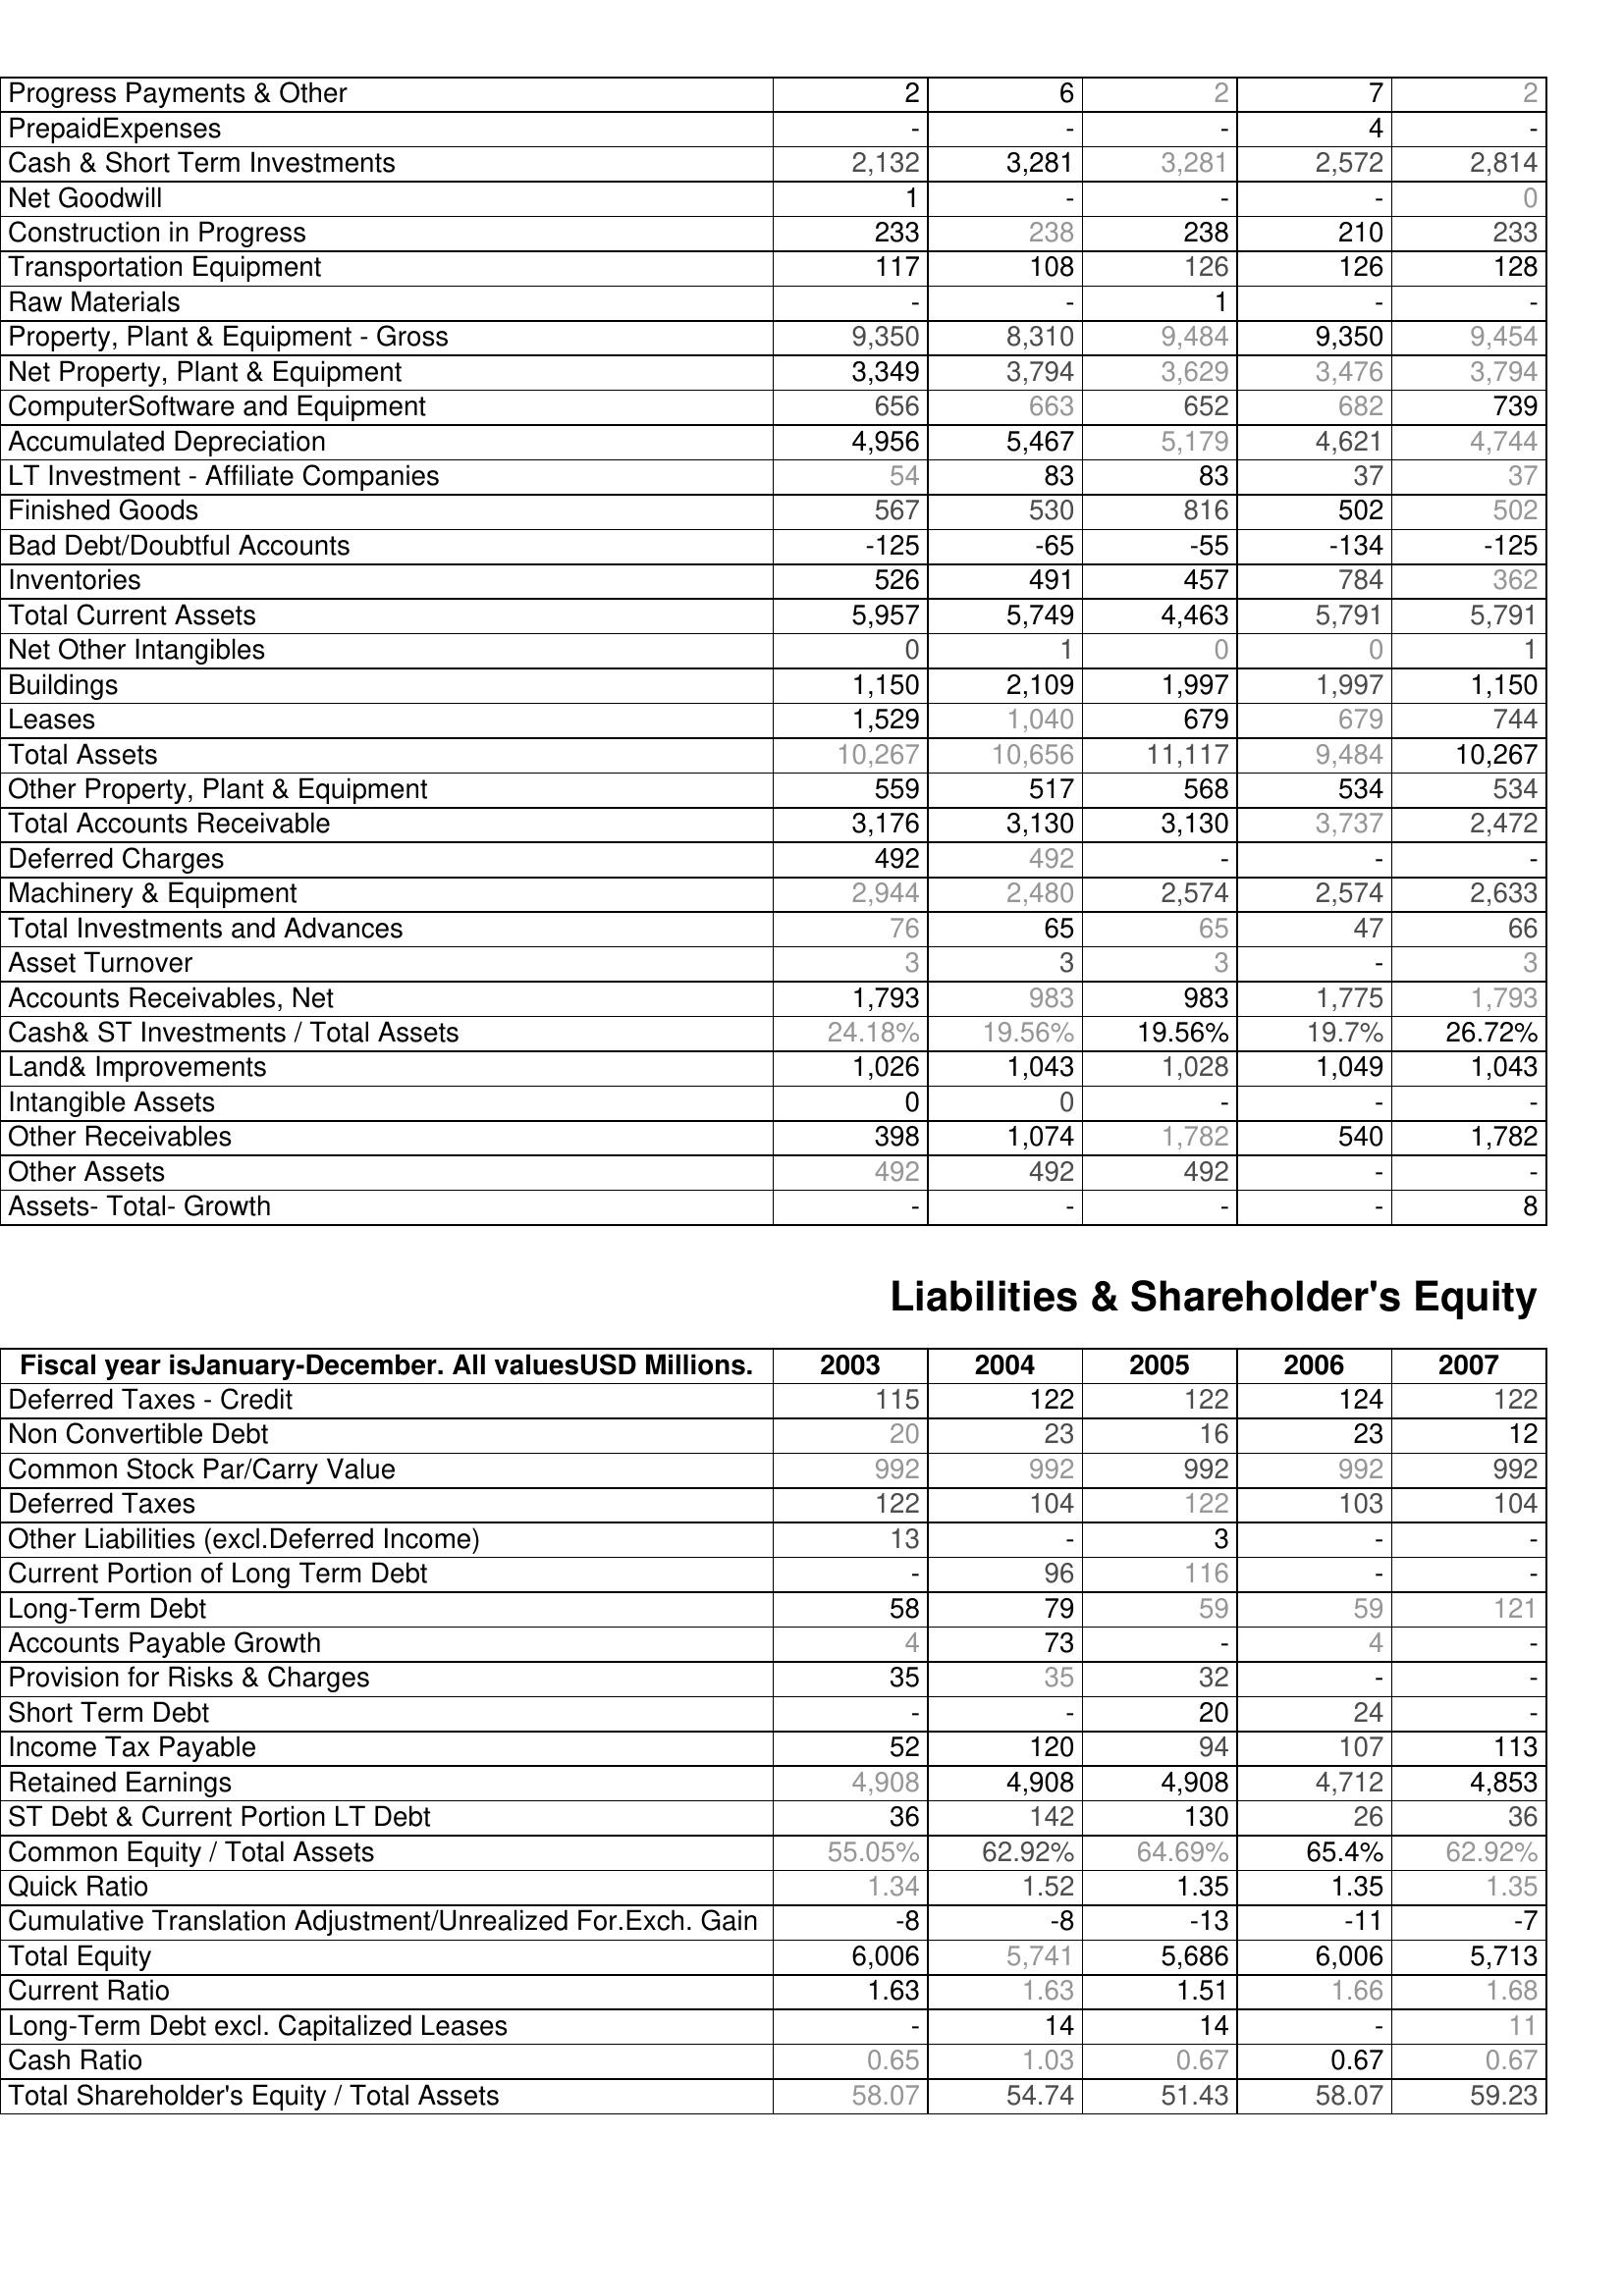
2003: Assets: Progress Payments & Other: 2
PrepaidExpenses: -
Cash & Short Term Investments: 2,132
Net Goodwill: 1
Construction in Progress: 233
Transportation Equipment: 117
Raw Materials: -
Property, Plant & Equipment - Gross : 9,350
Net Property, Plant & Equipment: 3,349
ComputerSoftware and Equipment: 656
Accumulated Depreciation: 4,956
LT Investment - Affiliate Companies: 54
Finished Goods: 567
Bad Debt/Doubtful Accounts: -125
Inventories: 526
Total Current Assets: 5,957
Net Other Intangibles: 0
Buildings: 1,150
Leases: 1,529
Total Assets: 10,267
Other Property, Plant & Equipment: 559
Total Accounts Receivable: 3,176
Deferred Charges: 492
Machinery & Equipment: 2,944
Total Investments and Advances: 76
Asset Turnover: 3
Accounts Receivables, Net: 1,793
Cash& ST Investments / Total Assets: 24.18%
Land& Improvements: 1,026
Intangible Assets: 0
Other Receivables: 398
Other Assets: 492
Assets- Total- Growth: -
Liabilities & Shareholder's Equity: Deferred Taxes - Credit: 115
Non Convertible Debt: 20
Common Stock Par/Carry Value: 992
Deferred Taxes: 122
Other Liabilities (excl.Deferred Income): 13
Current Portion of Long Term Debt: -
Long-Term Debt: 58
Accounts Payable Growth: 4
Provision for Risks & Charges: 35
Short Term Debt: -
Income Tax Payable: 52
Retained Earnings: 4,908
ST Debt & Current Portion LT Debt: 36
Common Equity / Total Assets: 55.05%
Quick Ratio: 1.34
Cumulative Translation Adjustment/Unrealized For.Exch. Gain: -8
Total Equity: 6,006
Current Ratio: 1.63
Long-Term Debt excl. Capitalized Leases: -
Cash Ratio: 0.65
Total Shareholder's Equity / Total Assets: 58.07
2004: Assets: Progress Payments & Other: 6
PrepaidExpenses: -
Cash & Short Term Investments: 3,281
Net Goodwill: -
Construction in Progress: 238
Transportation Equipment: 108
Raw Materials: -
Property, Plant & Equipment - Gross : 8,310
Net Property, Plant & Equipment: 3,794
ComputerSoftware and Equipment: 663
Accumulated Depreciation: 5,467
LT Investment - Affiliate Companies: 83
Finished Goods: 530
Bad Debt/Doubtful Accounts: -65
Inventories: 491
Total Current Assets: 5,749
Net Other Intangibles: 1
Buildings: 2,109
Leases: 1,040
Total Assets: 10,656
Other Property, Plant & Equipment: 517
Total Accounts Receivable: 3,130
Deferred Charges: 492
Machinery & Equipment: 2,480
Total Investments and Advances: 65
Asset Turnover: 3
Accounts Receivables, Net: 983
Cash& ST Investments / Total Assets: 19.56%
Land& Improvements: 1,043
Intangible Assets: 0
Other Receivables: 1,074
Other Assets: 492
Assets- Total- Growth: -
Liabilities & Shareholder's Equity: Deferred Taxes - Credit: 122
Non Convertible Debt: 23
Common Stock Par/Carry Value: 992
Deferred Taxes: 104
Other Liabilities (excl.Deferred Income): -
Current Portion of Long Term Debt: 96
Long-Term Debt: 79
Accounts Payable Growth: 73
Provision for Risks & Charges: 35
Short Term Debt: -
Income Tax Payable: 120
Retained Earnings: 4,908
ST Debt & Current Portion LT Debt: 142
Common Equity / Total Assets: 62.92%
Quick Ratio: 1.52
Cumulative Translation Adjustment/Unrealized For.Exch. Gain: -8
Total Equity: 5,741
Current Ratio: 1.63
Long-Term Debt excl. Capitalized Leases: 14
Cash Ratio: 1.03
Total Shareholder's Equity / Total Assets: 54.74
2005: Assets: Progress Payments & Other: 2
PrepaidExpenses: -
Cash & Short Term Investments: 3,281
Net Goodwill: -
Construction in Progress: 238
Transportation Equipment: 126
Raw Materials: 1
Property, Plant & Equipment - Gross : 9,484
Net Property, Plant & Equipment: 3,629
ComputerSoftware and Equipment: 652
Accumulated Depreciation: 5,179
LT Investment - Affiliate Companies: 83
Finished Goods: 816
Bad Debt/Doubtful Accounts: -55
Inventories: 457
Total Current Assets: 4,463
Net Other Intangibles: 0
Buildings: 1,997
Leases: 679
Total Assets: 11,117
Other Property, Plant & Equipment: 568
Total Accounts Receivable: 3,130
Deferred Charges: -
Machinery & Equipment: 2,574
Total Investments and Advances: 65
Asset Turnover: 3
Accounts Receivables, Net: 983
Cash& ST Investments / Total Assets: 19.56%
Land& Improvements: 1,028
Intangible Assets: -
Other Receivables: 1,782
Other Assets: 492
Assets- Total- Growth: -
Liabilities & Shareholder's Equity: Deferred Taxes - Credit: 122
Non Convertible Debt: 16
Common Stock Par/Carry Value: 992
Deferred Taxes: 122
Other Liabilities (excl.Deferred Income): 3
Current Portion of Long Term Debt: 116
Long-Term Debt: 59
Accounts Payable Growth: -
Provision for Risks & Charges: 32
Short Term Debt: 20
Income Tax Payable: 94
Retained Earnings: 4,908
ST Debt & Current Portion LT Debt: 130
Common Equity / Total Assets: 64.69%
Quick Ratio: 1.35
Cumulative Translation Adjustment/Unrealized For.Exch. Gain: -13
Total Equity: 5,686
Current Ratio: 1.51
Long-Term Debt excl. Capitalized Leases: 14
Cash Ratio: 0.67
Total Shareholder's Equity / Total Assets: 51.43
2006: Assets: Progress Payments & Other: 7
PrepaidExpenses: 4
Cash & Short Term Investments: 2,572
Net Goodwill: -
Construction in Progress: 210
Transportation Equipment: 126
Raw Materials: -
Property, Plant & Equipment - Gross : 9,350
Net Property, Plant & Equipment: 3,476
ComputerSoftware and Equipment: 682
Accumulated Depreciation: 4,621
LT Investment - Affiliate Companies: 37
Finished Goods: 502
Bad Debt/Doubtful Accounts: -134
Inventories: 784
Total Current Assets: 5,791
Net Other Intangibles: 0
Buildings: 1,997
Leases: 679
Total Assets: 9,484
Other Property, Plant & Equipment: 534
Total Accounts Receivable: 3,737
Deferred Charges: -
Machinery & Equipment: 2,574
Total Investments and Advances: 47
Asset Turnover: -
Accounts Receivables, Net: 1,775
Cash& ST Investments / Total Assets: 19.7%
Land& Improvements: 1,049
Intangible Assets: -
Other Receivables: 540
Other Assets: -
Assets- Total- Growth: -
Liabilities & Shareholder's Equity: Deferred Taxes - Credit: 124
Non Convertible Debt: 23
Common Stock Par/Carry Value: 992
Deferred Taxes: 103
Other Liabilities (excl.Deferred Income): -
Current Portion of Long Term Debt: -
Long-Term Debt: 59
Accounts Payable Growth: 4
Provision for Risks & Charges: -
Short Term Debt: 24
Income Tax Payable: 107
Retained Earnings: 4,712
ST Debt & Current Portion LT Debt: 26
Common Equity / Total Assets: 65.4%
Quick Ratio: 1.35
Cumulative Translation Adjustment/Unrealized For.Exch. Gain: -11
Total Equity: 6,006
Current Ratio: 1.66
Long-Term Debt excl. Capitalized Leases: -
Cash Ratio: 0.67
Total Shareholder's Equity / Total Assets: 58.07
2007: Assets: Progress Payments & Other: 2
PrepaidExpenses: -
Cash & Short Term Investments: 2,814
Net Goodwill: 0
Construction in Progress: 233
Transportation Equipment: 128
Raw Materials: -
Property, Plant & Equipment - Gross : 9,454
Net Property, Plant & Equipment: 3,794
ComputerSoftware and Equipment: 739
Accumulated Depreciation: 4,744
LT Investment - Affiliate Companies: 37
Finished Goods: 502
Bad Debt/Doubtful Accounts: -125
Inventories: 362
Total Current Assets: 5,791
Net Other Intangibles: 1
Buildings: 1,150
Leases: 744
Total Assets: 10,267
Other Property, Plant & Equipment: 534
Total Accounts Receivable: 2,472
Deferred Charges: -
Machinery & Equipment: 2,633
Total Investments and Advances: 66
Asset Turnover: 3
Accounts Receivables, Net: 1,793
Cash& ST Investments / Total Assets: 26.72%
Land& Improvements: 1,043
Intangible Assets: -
Other Receivables: 1,782
Other Assets: -
Assets- Total- Growth: 8
Liabilities & Shareholder's Equity: Deferred Taxes - Credit: 122
Non Convertible Debt: 12
Common Stock Par/Carry Value: 992
Deferred Taxes: 104
Other Liabilities (excl.Deferred Income): -
Current Portion of Long Term Debt: -
Long-Term Debt: 121
Accounts Payable Growth: -
Provision for Risks & Charges: -
Short Term Debt: -
Income Tax Payable: 113
Retained Earnings: 4,853
ST Debt & Current Portion LT Debt: 36
Common Equity / Total Assets: 62.92%
Quick Ratio: 1.35
Cumulative Translation Adjustment/Unrealized For.Exch. Gain: -7
Total Equity: 5,713
Current Ratio: 1.68
Long-Term Debt excl. Capitalized Leases: 11
Cash Ratio: 0.67
Total Shareholder's Equity / Total Assets: 59.23